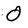
Character: O